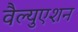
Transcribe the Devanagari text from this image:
वैल्युएशन